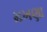
મખણા